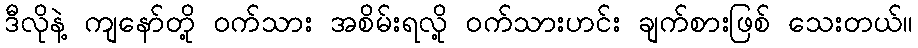
ဒီလိုနဲ့ ကျနော်တို့ ဝက်သား အစိမ်းရလို့ ဝက်သားဟင်း ချက်စားဖြစ် သေးတယ်။